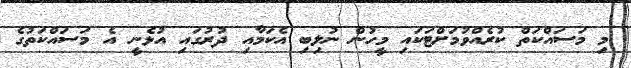
މި މަސައްކަތް ކުރެއްވުމަށްޓަކައި މީހުން ނުލިބި އެކަމާއި ދުރުގައި އުޅެނީ އެ މަސައްކަތުގެ